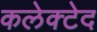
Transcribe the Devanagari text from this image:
कलेक्टेद